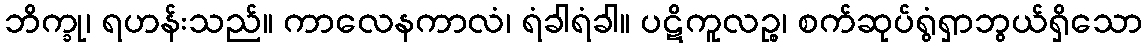
ဘိက္ခု၊ ရဟန်းသည်။ ကာလေနကာလံ၊ ရံခါရံခါ။ ပဋိကူလဉ္စ၊ စက်ဆုပ်ရွံရှာဘွယ်ရှိသော